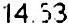
14.53